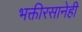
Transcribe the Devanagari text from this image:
भक्तीरसानेही